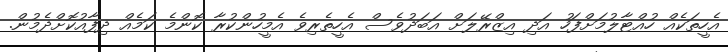
އެހީތަކެއް ހުއްޓާލުމަށްފަހު އަދި އިޒްރޭލަށް އަބަދުވެސް އެހީތެރިވެ އެމީހުންކުރާ ކޮންމެ ކަމެއް ދިފާއުކޮށްދެމުން.